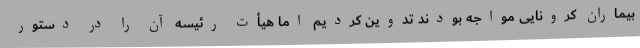
بیماران کرونایی مواجه بودند تدوین کردیم اما هیأت رئیسه آن را در دستور